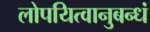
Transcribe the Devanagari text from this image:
लोपयित्वानुबन्धं